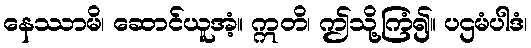
နေဿာမိ၊ ဆောင်ယူအံ့။ ဣတိ၊ ဤသို့ကြံ၍။ ပဌမံပါဒံ၊